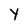
Character: Y